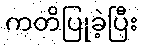
ကတိပြုခဲ့ပြီး